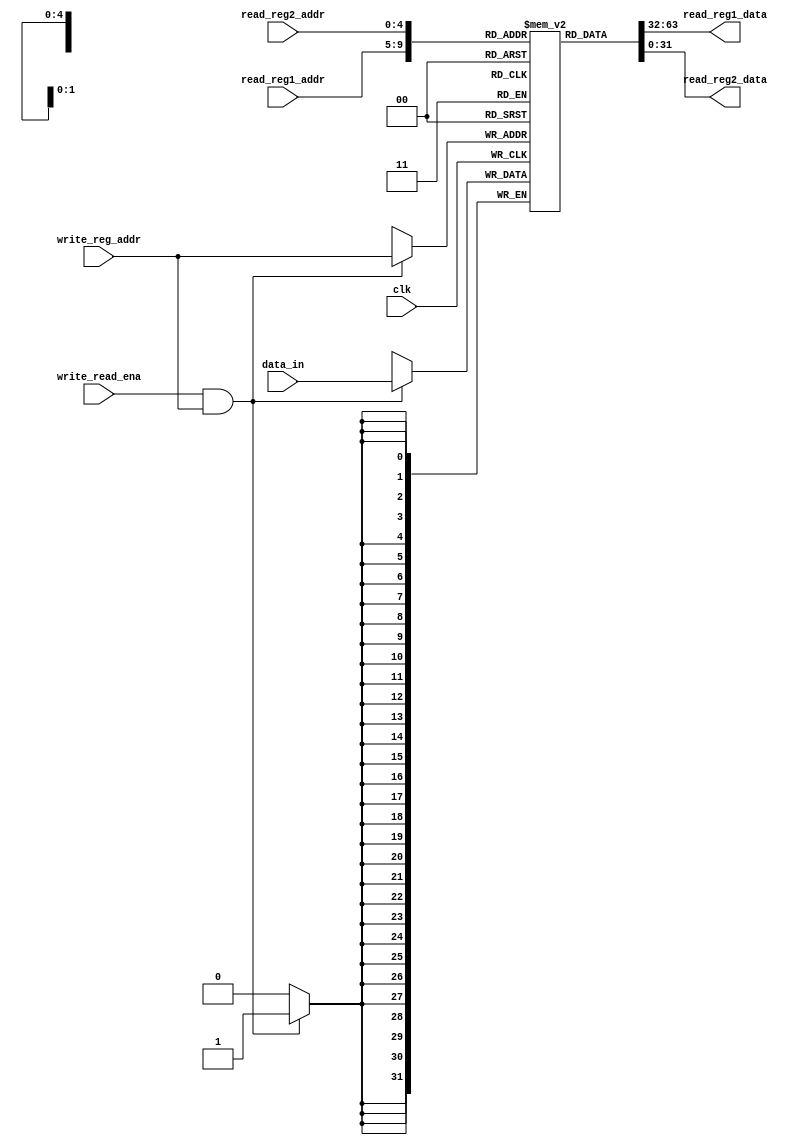
`timescale 1ns / 1ps

module RegiFile(
	read_reg1_addr	,
    read_reg2_addr	,
    write_reg_addr	,
    data_in			,
    write_read_ena	,
    clk				,        
    read_reg1_data	,
    read_reg2_data	
);
    input [4:0]read_reg1_addr;
    input [4:0]read_reg2_addr;
    input [4:0]write_reg_addr;
    input [31:0]data_in;
    input write_read_ena,clk;
                    
    output reg[31:0]read_reg1_data;
    output reg[31:0]read_reg2_data;
    reg [31:0] regifile[31:0];
	integer k;
	
    initial begin
        for(k=0;k<32;k=k+1)
            regifile[k]=0;
        read_reg1_data <= 0;
        read_reg2_data <= 0;
    end

    always @(posedge clk) begin
        if(write_read_ena && write_reg_addr) begin
            regifile[write_reg_addr] <= data_in;
        end
    end
    
    always @(*) begin
        read_reg1_data <= regifile[read_reg1_addr];
        read_reg2_data <= regifile[read_reg2_addr];
    end    
endmodule